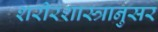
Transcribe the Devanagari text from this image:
शरीरशास्त्रानुसर